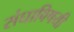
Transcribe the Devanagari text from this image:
संघाविषयी